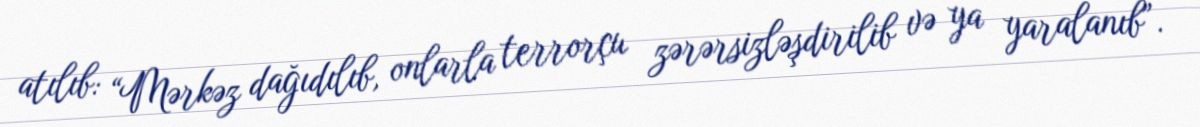
atılıb: “Mərkəz dağıdılıb, onlarla terrorçu zərərsizləşdirilib və ya yaralanıb”.